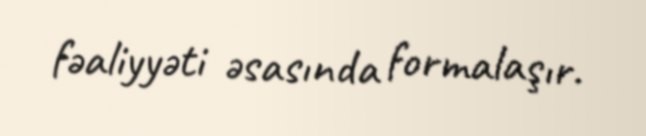
fəaliyyəti əsasında formalaşır.